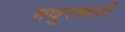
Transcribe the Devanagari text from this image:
मधुरकवी